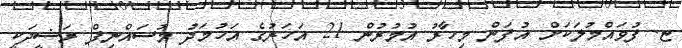
ޏ. ފުވައްމުލަކަށް އުފަން މިހާރު އުމުރުން 21 އަހަރުގެ އަހުމަދު މުސައްނިފް ރަޝީދަކީ